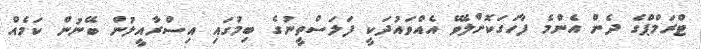
ޓްރަމްޕްގެ ދެން އެންމެ ފާހަގަކޮށްލެވޭ އެއްވައުދަކީ ފަލަސްތީނުގެ ބިމުގައި އިސްރާއީލުން ބޭނުން ކަމެއް